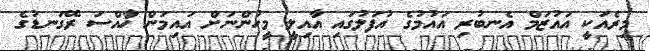
މިރެއަކީ އައުޒަމް އެނބުރި އައުމުގެ އުފަލުގައި އާއިލީ މީހުންނަށް އައިމަން ޚާއްސަ ރޭގަނޑުގެ